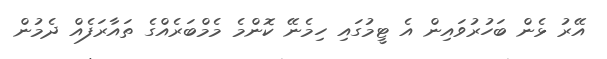
އޭރު ޅެން ބަހުރުވައިން އެ ޓީމުގައި ހިމެނޭ ކޮންމެ މެމްބަރެއްގެ ތައާރަފެއް ދެމުން